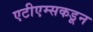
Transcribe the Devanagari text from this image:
एटीएम्सकडून